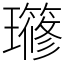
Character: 𤪱